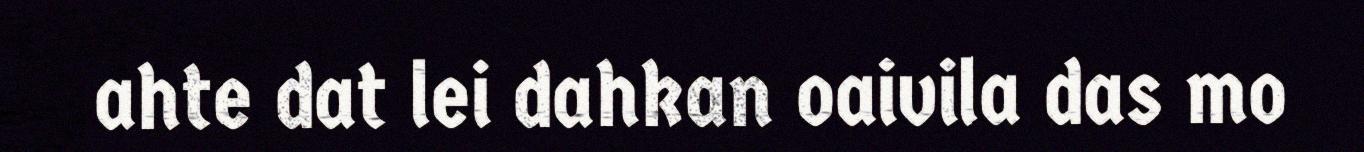
ahte dat lei dahkan oaivila das mo